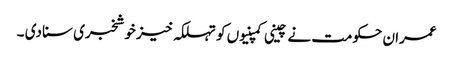
عمران حکومت نے چینی کمپنیوں کو تہلکہ خیز خوشخبری سنا دی ۔